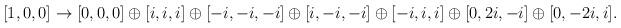
LaTeX: \begin{align*}[1,0,0] \to [0,0,0] \oplus [i, i, i] \oplus [-i, -i, -i]\oplus [i, -i, -i] \oplus [-i, i, i] \oplus [0, 2i, -i] \oplus [0 , -2i, i].\end{align*}